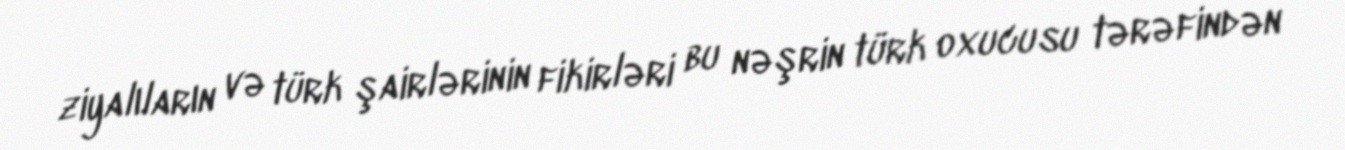
ziyalıların və türk şairlərinin fikirləri bu nəşrin türk oxucusu tərəfindən